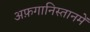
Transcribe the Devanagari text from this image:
अफ़गानिस्तानमें